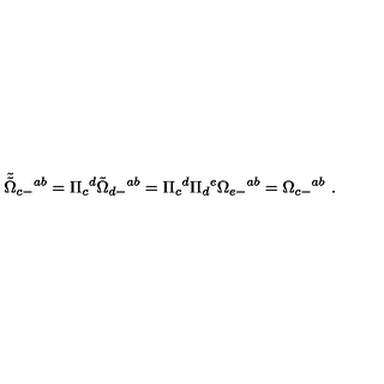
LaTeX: { \tilde { \tilde { \Omega } } } _ { c - } { } ^ { a b } = \Pi _ { c } { } ^ { d } { \tilde { \Omega } } _ { d - } { } ^ { a b } = \Pi _ { c } { } ^ { d } \Pi _ { d } { } ^ { e } \Omega _ { e - } { } ^ { a b } = \Omega _ { c - } { } ^ { a b } \ .